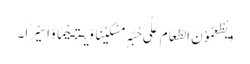
وَیُطْعِمُوْنَ الطَّعَامَ عَلٰی حُبِّہٖ مِسْکِیْنًا وَّیَـتِـیْمًا وَّاَسِیْرًا۔